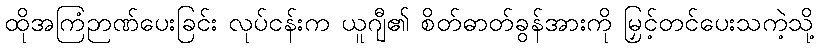
ထိုအကြံဉာဏ်ပေးခြင်း လုပ်ငန်းက ယူဂျီ၏ စိတ်ဓာတ်ခွန်အားကို မြှင့်တင်ပေးသကဲ့သို့